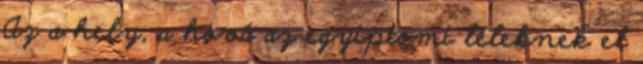
Az a hely, a hová az egyiptomi léleknek el